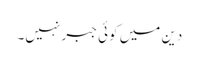
دین میں کوئی جبر نہیں۔